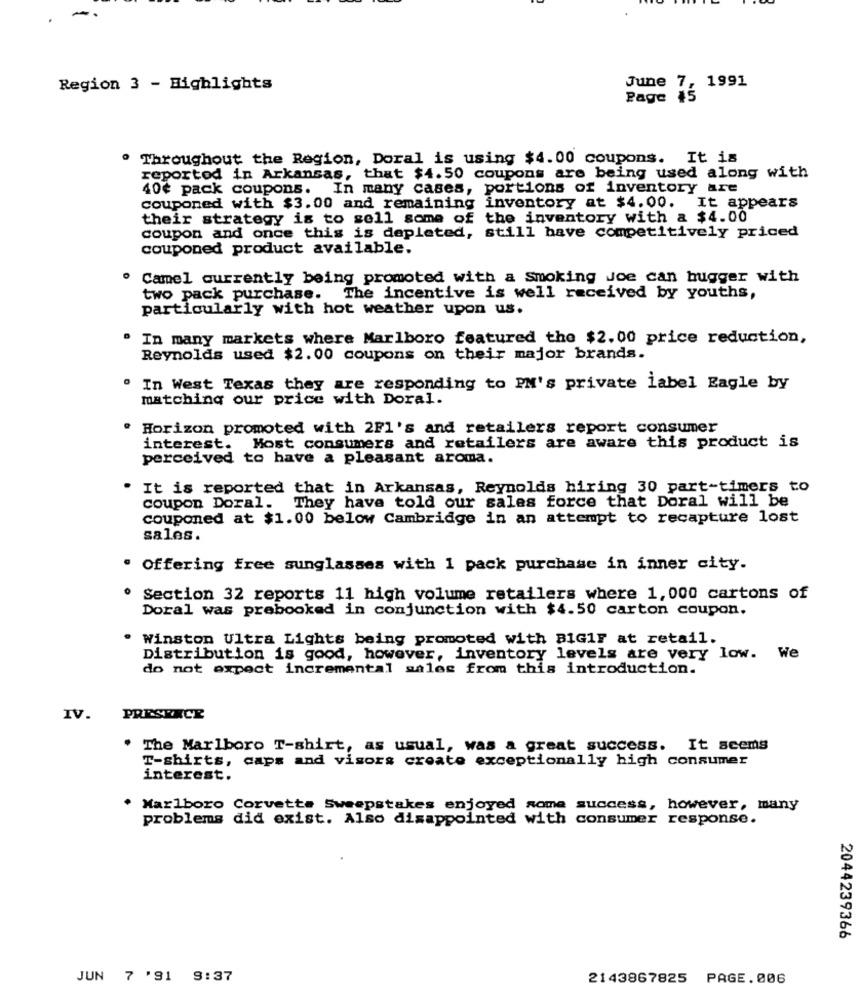
1991
Region 3 - Highlights
June 7:
Page
Throughout the Region, Doral is using $4.00 coupons. It is
reportod in Arkansas, that $4.50 coupons are being used along with
40¢ pack coupons. In many cases, portions of inventory are
couponed with $3.00 and remaining inventory at $4.00. It appears
their strategy is to sell some of the inventory with a $4.00
coupon and once this is depleted, still have competitively priced
couponed product available.
. Camel currently being promoted with a smoking Joe can bugger with
two pack purchase. The incentive is well received by youths,
particularly with hot weather upon us.
. In many markets where Marlboro featured the $2. 00 price reduction,
Reynolds used $2.00 coupons on their major brands.
. In West Texas they are responding to PM's private label Eagle by
matching our price with Doral.
. Horizon promoted with 2F1's and retailers report consumer
interest. Most consumers and retailers are aware this product is
perceived to have a pleasant aroma.
. It is reported that in Arkansas, Reynolds hiring 30 part-timers to
coupon Doral. They have told our sales force that Doral will be
couponed at $1.00 below Cambridge in an attempt to recapture lost
sales.
. Offering free sunglasses with 1 pack purchase in inner city.
Section 32 reports 11 high volume retailers where 1,000 cartons of
Doral was prebooked in conjunction with $4.50 carton coupon.
Winston Ultra Lights being promoted with BIG1F at retail.
Distribution is good, however, inventory levels are very low. We
do not expect incremental sales from this introduction.
IV.
PRESENCE
. The Marlboro T-shirt, as usual, was a great success. It seems
T-shirts, caps and visors create exceptionally high consumer
interest.
. Marlboro Corvette Sweepstakes enjoyed some success, however, many
problems did exist. Also disappointed with consumer response.
2044239366
JUN 7 '91 9:37
2143867825
PAGE.006